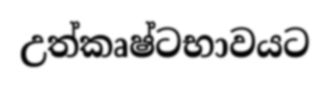
උත්කෘෂ්ටභාවයට